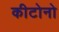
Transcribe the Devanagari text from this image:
कीटोनो